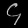
Digit: ၄